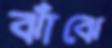
ঝাঁঝে